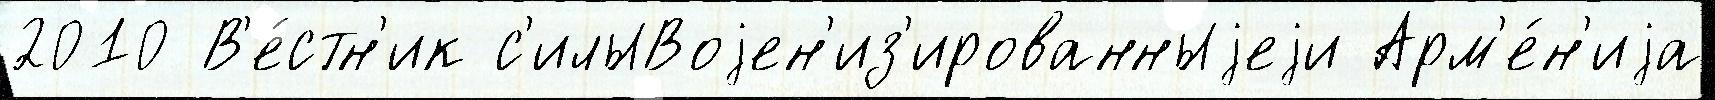
2010 В'е́стн'ик с'илыВоjен'из'ированныjеjи Арм'е́н'иjа